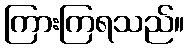
ကြားကြရသည်။